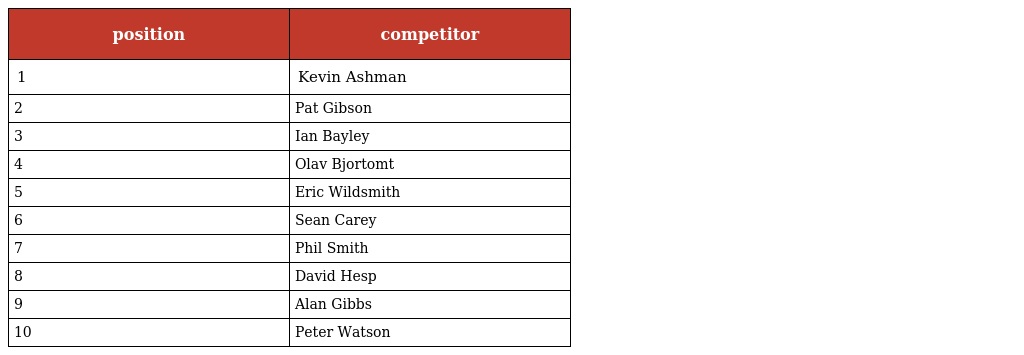
| position | competitor |
 | --- | --- |
 | 1 | Kevin Ashman |
 | 2 | Pat Gibson |
 | 3 | Ian Bayley |
 | 4 | Olav Bjortomt |
 | 5 | Eric Wildsmith |
 | 6 | Sean Carey |
 | 7 | Phil Smith |
 | 8 | David Hesp |
 | 9 | Alan Gibbs |
 | 10 | Peter Watson |